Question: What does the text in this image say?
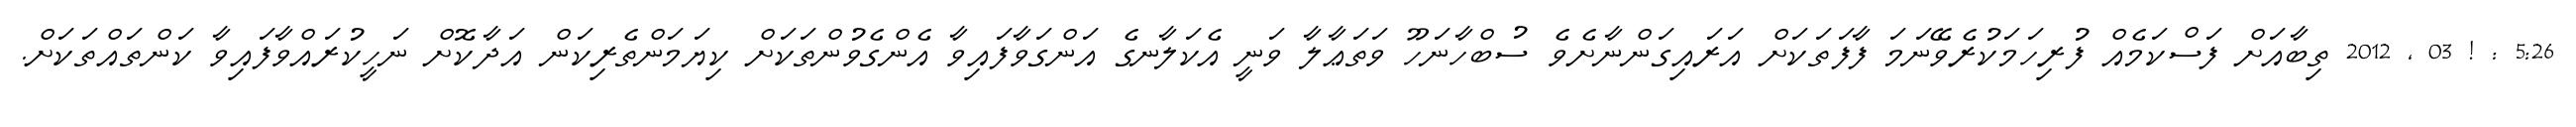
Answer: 5:26 : ! 03 , 2012 ތިބާއަށް ފަސްކަމެއް ފުރިހަމަކުރެވޭނަމަ ފާފަތަކަށް އަރައިގަންނާށެވެ ސުބްހާނަހޫ ވަތަޢާލާ ވަނީ އެކަލާނގެ އަންގަވާފައިވާ އެންގެވުންތަކަށް ކިޔަމަންތެރިކަން އަދާކޮށް ނަހީކުރައްވާފައިވާ ކަންތައްތަކަށް.